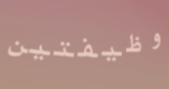
وظيفتين